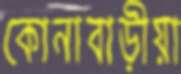
কোনাবাড়ীয়া